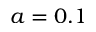
a = 0 . 1